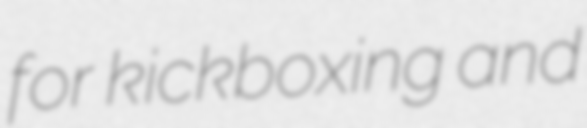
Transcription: for kickboxing and